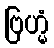
ဗြဟ္မံ